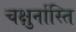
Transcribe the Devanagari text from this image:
चक्षुर्नास्ति